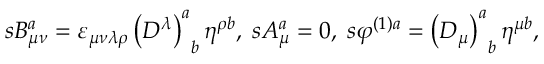
s B _ { \mu \nu } ^ { a } = \varepsilon _ { \mu \nu \lambda \rho } \left( D ^ { \lambda } \right) _ { \; \; b } ^ { a } \eta ^ { \rho b } , \; s A _ { \mu } ^ { a } = 0 , \; s \varphi ^ { ( 1 ) a } = \left( D _ { \mu } \right) _ { \; \; b } ^ { a } \eta ^ { \mu b } ,